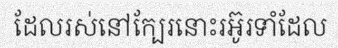
ដែលរស់នៅក្បែរនោះរអ៊ូរទាំដែល